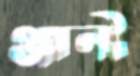
ঞ্জানী